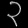
Digit: ၃